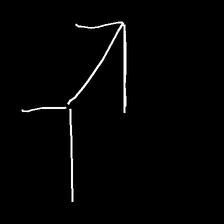
Glyph: gather